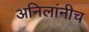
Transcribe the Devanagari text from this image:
अनिलांनीच